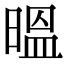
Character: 㬈